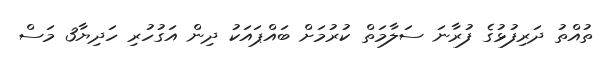
ތުއްތު ދަރިފުޅުގެ ފުރާނަ ސަލާމަތް ކުރުމަށް ބައްޕައަކު ދިން އަގުހުރި ހަދިޔާ3 މަސް